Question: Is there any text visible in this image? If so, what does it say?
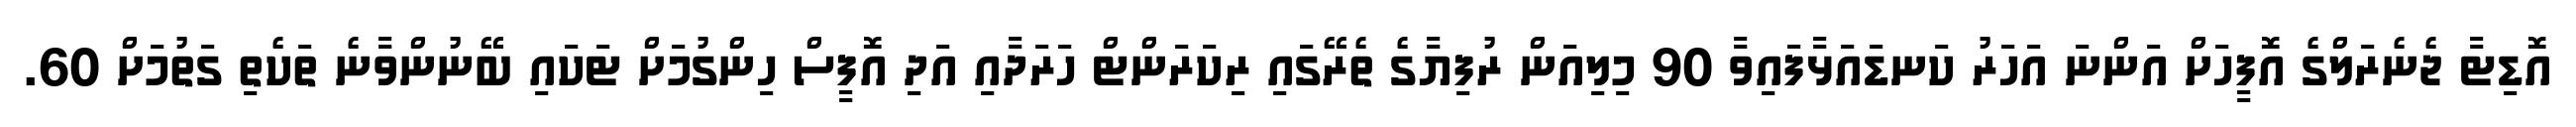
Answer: އޮޑިޓާ ޖެނެރަލްގެ އޮފީހަށް އަންނަ އަހަރު ކަނޑައަޅާފައިވާ 90 މިލިއަން ރުފިޔާގެ ތެރޭގައި ރިކަރަންޓް ހަރަދާއި އަދި އޮފީސް ހިންގުމަށް ޓަކައި ބޭނުންވާނެ ތަކެތި ގަތުމަށް 60.